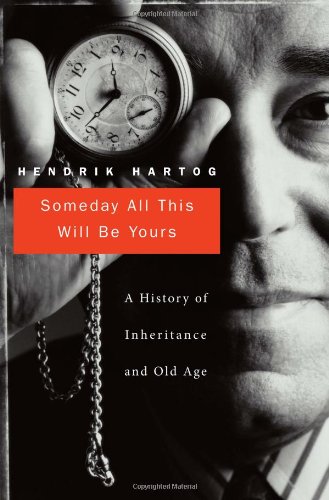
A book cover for Someday All This Will Be Yours: A History of Inheritance and Old Age; Hendrik Hartog; Parenting & Relationships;